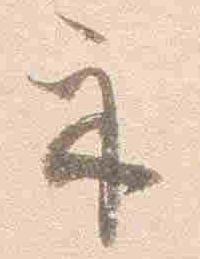
示